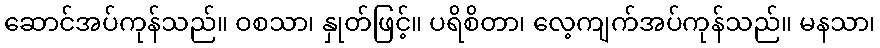
ဆောင်အပ်ကုန်သည်။ ဝစသာ၊ နှုတ်ဖြင့်။ ပရိစိတာ၊ လေ့ကျက်အပ်ကုန်သည်။ မနသာ၊